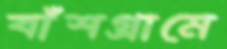
বাঁশগ্রামে